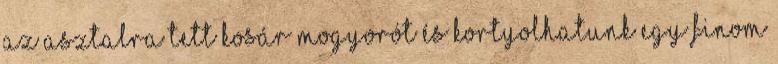
az asztalra tett kosár mogyorót és kortyolhatunk egy finom